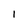
Character: 1